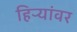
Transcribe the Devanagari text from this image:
हिऱ्यांवर